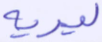
ليريه